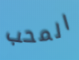
المحب